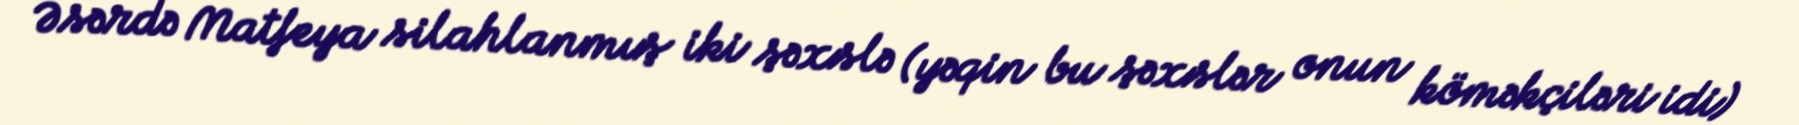
Əsərdə Matfeya silahlanmış iki şəxslə (yəqin bu şəxslər onun köməkçiləri idi)